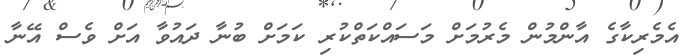
އެމެރިކާގެ އާންމުން މެރުމަށް މަސައްކަތްކުރި ކަމަށް ބުނާ ދައުވާ އަށް ވެސް އޭނާ